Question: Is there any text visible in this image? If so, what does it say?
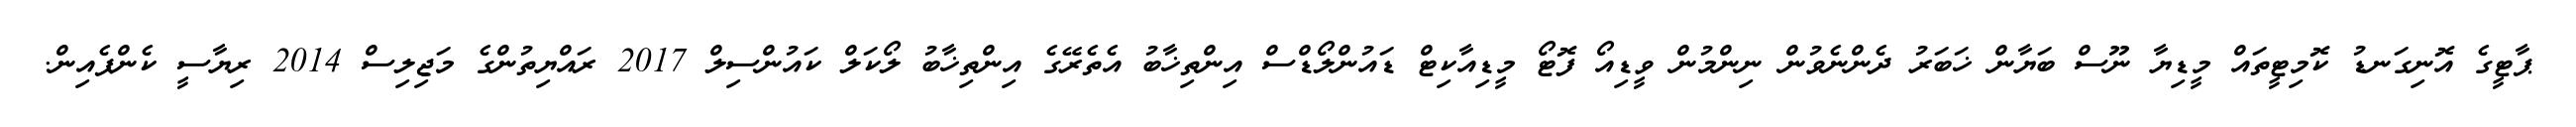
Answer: ޕާޓީގެ އޮނިގަނޑު ކޮމިޓީތައް މީޑިޔާ ނޫސް ބަޔާން ޚަބަރު ދެންނެވުން ނިންމުން ވީޑިއޯ ފޮޓޯ މީޑިއާކިޓް ޑައުންލޯޑްސް އިންތިޚާބު އެތެރޭގެ އިންތިޚާބު ލޯކަލް ކައުންސިލް 2017 ރައްޔިތުންގެ މަޖިލިސް 2014 ރިޔާސީ ކެންޕެއިން.